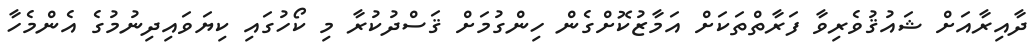
ދާއިރާއަށް ޝައުޤުވެރިވާ ފަރާތްތަކަށް އަމާޒުކޮށްގެން ހިންގުމަށް ޤަސްދުކުރާ މި ކޯހުގައި ކިޔަވައިދިނުމުގެ އެންމެހާ